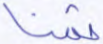
ثمنا